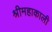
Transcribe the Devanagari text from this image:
श्रीमहाकाली